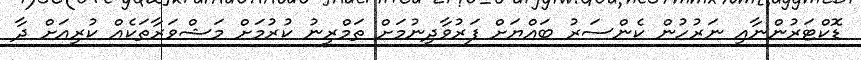
ޑޮކްޓަރުންނާއި ނަރުހުން ކެންސަރު ބައްޔަށް ފަރުވާދިނުމަށް ތަމްރީނު ކުރުމަށް މަޝްވަރާތަކެއް ކުރިއަށް ދާ